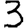
Digit: 3